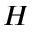
_ { H }